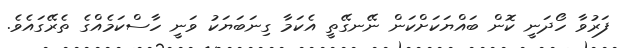
ފަރުވާ ހޯދަނީ ކޮން ބައްޔަކަށްކަން ނޭނގޭތީ އެކަމާ ގިނަބަޔަކު ވަނީ ހާސްކަމެއްގެ ތެރޭގައެވެ.